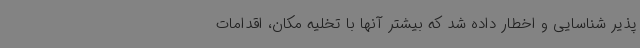
پذیر شناسایی و اخطار داده شد که بیشتر آنها با تخلیه مکان، اقدامات